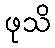
ဖုသိ